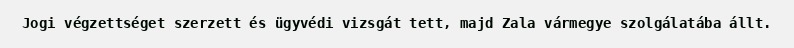
Jogi végzettséget szerzett és ügyvédi vizsgát tett, majd Zala vármegye szolgálatába állt.